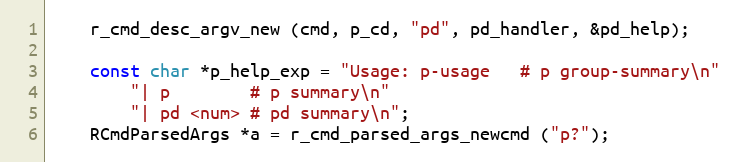
Language: C
	r_cmd_desc_argv_new (cmd, p_cd, "pd", pd_handler, &pd_help);

	const char *p_help_exp = "Usage: p-usage   # p group-summary\n"
		"| p        # p summary\n"
		"| pd <num> # pd summary\n";
	RCmdParsedArgs *a = r_cmd_parsed_args_newcmd ("p?");